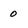
Character: 0